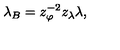
\lambda _ { B } = z _ { \varphi } ^ { - 2 } z _ { \lambda } \lambda ,